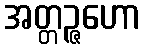
အတ္တဉ္ဇဟော